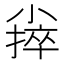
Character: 𪨃